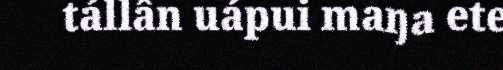
tállân uápui maŋa ete